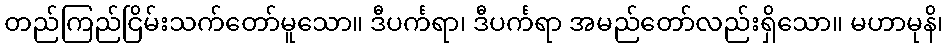
တည်ကြည်ငြိမ်းသက်တော်မူသော။ ဒီပင်္ကရာ၊ ဒီပင်္ကရာ အမည်တော်လည်းရှိသော။ မဟာမုနိ၊